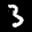
Label: 3